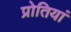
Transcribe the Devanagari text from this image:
प्रोतियां